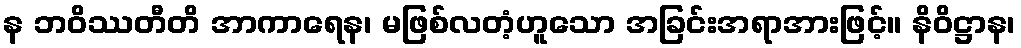
န ဘဝိဿတီတိ အာကာရေန၊ မဖြစ်လတံ့ဟူသော အခြင်းအရာအားဖြင့်။ နိဝိဋ္ဌာန၊